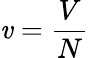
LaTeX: \mathit{v}={\frac{{V}}{{N}}}